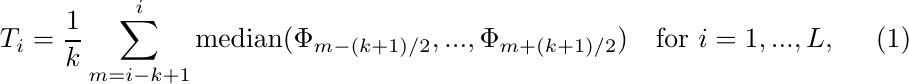
\begin{equation}
    T_i = \frac{1}{k}\sum_{m=i-k+1}^{i}\text{median}(\Phi_{m-(k+1)/2},...,\Phi_{m+(k+1)/2})\quad \text{for }i=1,...,L,
\end{equation}